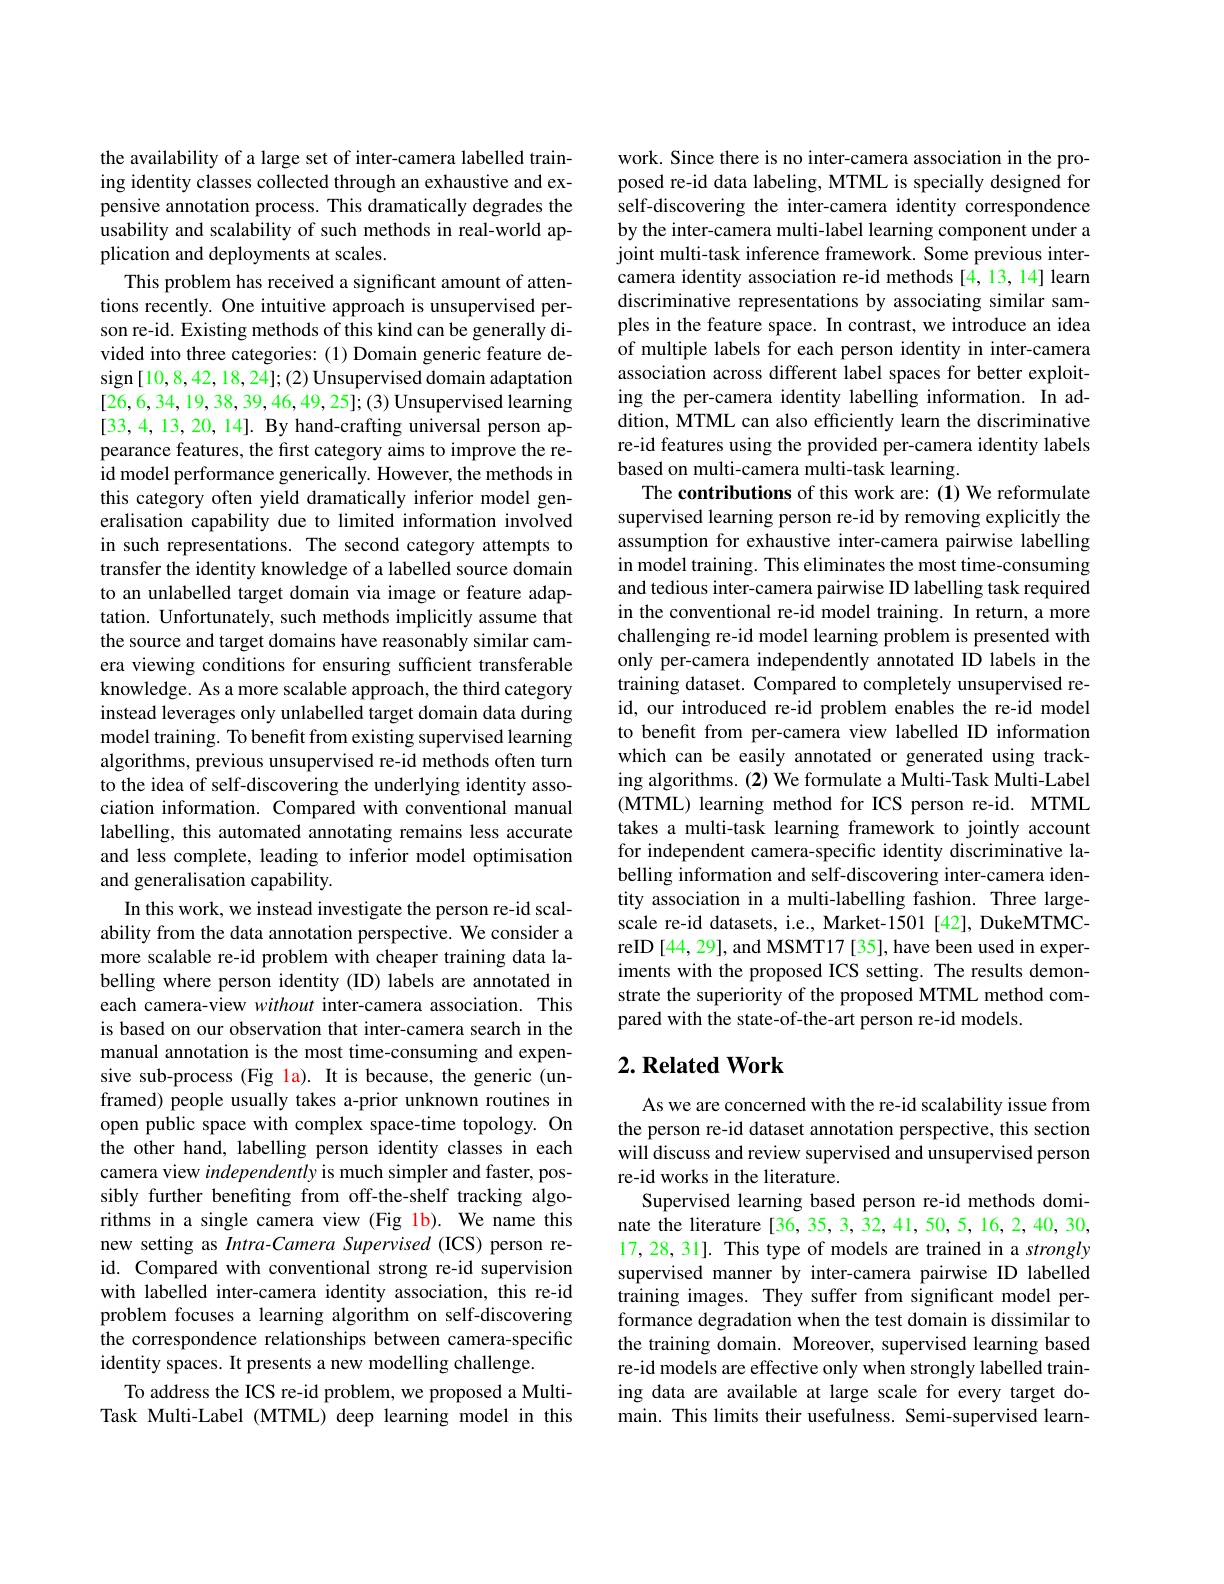
the availability of a large set of inter-camera labelled training identity classes collected through an exhaustive and expensive annotation process. This dramatically degrades the usability and scalability of such methods in real-world application and deployments at scales.
This problem has received a significant amount of attentions recently. One intuitive approach is unsupervised person re-id. Existing methods of this kind can be generally divided into three categories: (1) Domain generic feature design [10,8,42,18,24];(2) Unsupervised domain adaptation [26,6,34,19,38,39,46,49,25];(3) Unsupervised learning [33,4,13,20,14]. By hand-crafting universal person appearance features, the first category aims to improve the reid model performance generically. However, the methods in this category often yield dramatically inferior model generalisation capability due to limited information involved in such representations. The second category attempts to transfer the identity knowledge of a labelled source domain to an unlabelled target domain via image or feature adaptation. Unfortunately, such methods implicitly assume that the source and target domains have reasonably similar camera viewing conditions for ensuring sufficient transferable knowledge. As a more scalable approach, the third category instead leverages only unlabelled target domain data during model training. To benefit from existing supervised learning algorithms, previous unsupervised re-id methods often turn to the idea of self-discovering the underlying identity association information. Compared with conventional manual labelling, this automated annotating remains less accurate and less complete, leading to inferior model optimisation and generalisation capability.
In this work, we instead investigate the person re-id scalability from the data annotation perspective. We consider a more scalable re-id problem with cheaper training data labelling where person identity (ID) labels are annotated in each camera-view without inter-camera association. This is based on our observation that inter-camera search in the manual annotation is the most time-consuming and expensive sub-process (Fig la). It is because, the generic (unframed) people usually takes a-prior unknown routines in open public space with complex space-time topology. On the other hand, labelling person identity classes in each camera view independently is much simpler and faster, possibly further benefiting from off-the-shelf tracking algorithms in a single camera view (Fig lb). We name this new setting as Intra-Camera Supervised (ICS) person reid. Compared with conventional strong re-id supervision with labelled inter-camera identity association, this re-id problem focuses a learning algorithm on self-discovering the correspondence relationships between camera-specific identity spaces. It presents a new modelling challenge.
To address the ICS re-id problem, we proposed a MultiTask Multi-Label (MTML) deep learning model in this

work. Since there is no inter-camera association in the proposed re-id data labeling, MTML is specially designed for self-discovering the inter-camera identity correspondence by the inter-camera multi-label learning component under a joint multi-task inference framework. Some previous intercamera identity association re-id methods[4,13,14] learn discriminative representations by associating similar samples in the feature space. In contrast, we introduce an idea of multiple labels for each person identity in inter-camera association across different label spaces for better exploiting the per-camera identity labelling information. In addition, MTML can also efficiently learn the discriminative re-id features using the provided per-camera identity labels based on multi-camera multi-task learning.
The contributions of this work are: (1) We reformulate supervised learning person re-id by removing explicitly the assumption for exhaustive inter-camera pairwise labelling in model training. This eliminates the most time-consuming and tedious inter-camera pairwise ID labelling task required in the conventional re-id model training. In return, a more challenging re-id model learning problem is presented with only per-camera independently annotated ID labels in the training dataset. Compared to completely unsupervised reid, our introduced re-id problem enables the re-id model to benefit from per-camera view labelled ID information which can be easily annotated or generated using tracking algorithms. (2) We formulate a Multi-Task Multi-Label (MTML) learning method for ICS person re-id. MTML takes a multi-task learning framework to jointly account for independent camera-specific identity discriminative labelling information and self-discovering inter-camera identity association in a multi-labelling fashion. Three largescale re-id datasets, i.e., Market-1501 [42], DukeMTMCreID[44, 29], and MSMT17 [35], have been used in experiments with the proposed ICS setting. The results demonstrate the superiority of the proposed MTML method compared with the state-of-the-art person re-id models.

## $2. \textbf{Related Work}$

As we are concerned with the re-id scalability issue from the person re-id dataset annotation perspective, this section will discuss and review supervised and unsupervised person re-id works in the literature.
Supervised learning based person re-id methods dominate the literature [36, 35, 3, 32, 41, 50, 5, 16, 2, 40, 30, 17, 28, 31]. This type of models are trained in a strongly supervised manner by inter-camera pairwise ID labelled training images. They suffer from significant model performance degradation when the test domain is dissimilar to the training domain. Moreover, supervised learning based re-id models are effective only when strongly labelled training data are available at large scale for every target domain. This limits their usefulness. Semi-supervised learn-